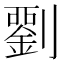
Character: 𭄘